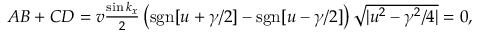
\begin{array} { r } { A B + C D = v \frac { \sin k _ { x } } { 2 } \left( \mathrm { s g n } [ u + \gamma / 2 ] - \mathrm { s g n } [ u - \gamma / 2 ] \right) \sqrt { | u ^ { 2 } - \gamma ^ { 2 } / 4 | } = 0 , } \end{array}